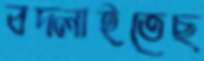
বদ্‌লাইতেছ